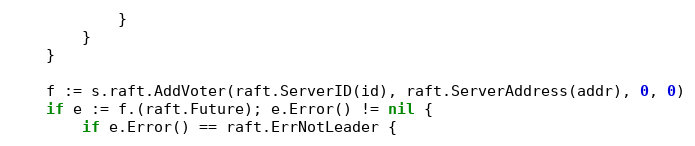
Language: Go
			}
		}
	}

	f := s.raft.AddVoter(raft.ServerID(id), raft.ServerAddress(addr), 0, 0)
	if e := f.(raft.Future); e.Error() != nil {
		if e.Error() == raft.ErrNotLeader {